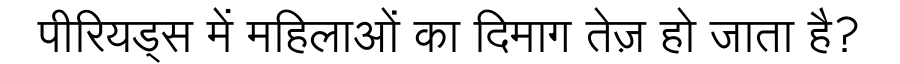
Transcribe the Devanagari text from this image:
पीरियड्स में महिलाओं का दिमाग तेज़ हो जाता है?